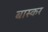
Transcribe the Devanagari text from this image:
बास्कर